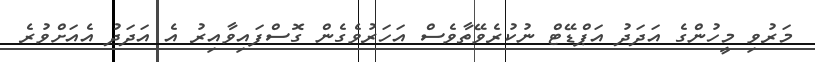
މަރުވި މީހުންގެ އަދަދު އަޕްޑޭޓް ނުކުރެވޭތާވެސް އަހަރުވެގެން ގޮސްފައިވާއިރު އެ އަދަދު އެއަށްވުރެ